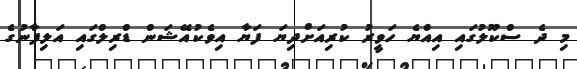
މި ދެ ސްކޫލުގައި އިއްޔެ ހަވީރު ކުރިއަށްދިޔަ ފަޔާ އިވެކުއޭޝަން ޑްރިލްގައި އަލިފާނުގެ